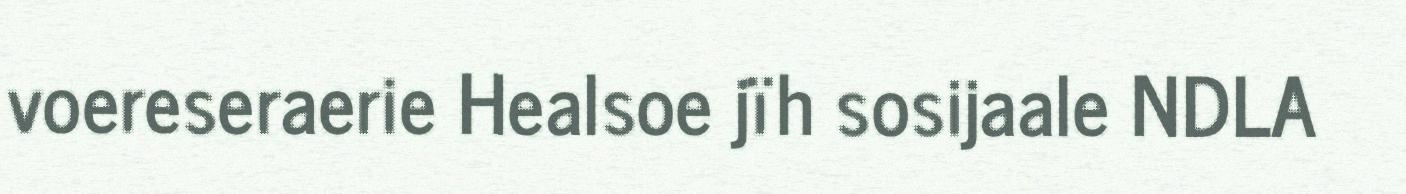
voereseraerie Healsoe jïh sosijaale NDLA